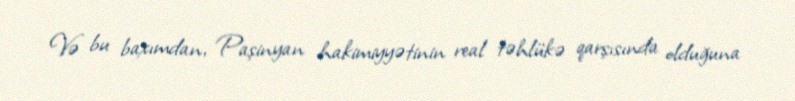
Və bu baxımdan, Paşinyan hakimiyyətinin real təhlükə qarşısında olduğuna